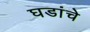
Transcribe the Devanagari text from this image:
घडांचे